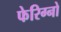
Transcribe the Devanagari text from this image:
फेरिग्नो